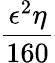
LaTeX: \frac{\epsilon^{2}\eta}{160}